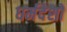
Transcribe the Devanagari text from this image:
धर्मदेशों